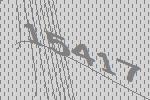
15417